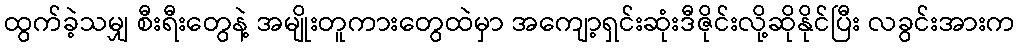
ထွက်ခဲ့သမျှ စီးရီးတွေနဲ့ အမျိုးတူကားတွေထဲမှာ အကျော့ရှင်းဆုံးဒီဇိုင်းလို့ဆိုနိုင်ပြီး လခွင်းအားက